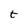
Character: t